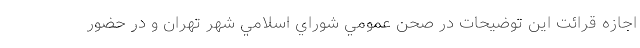
اجازه قرائت اين توضيحات در صحن عمومي شوراي اسلامي شهر تهران و در حضور